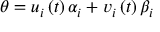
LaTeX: \theta = u _ { i } \left( t \right) \alpha _ { i } + v _ { i } \left( t \right) \beta _ { i }